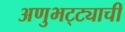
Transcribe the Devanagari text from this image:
अणुभट्ट्याची